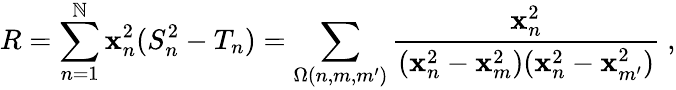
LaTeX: R=\sum_{n=1}^{\mathbb{N}}\mathbf{x}_{n}^{2}(S_{n}^{2}-T_{n})=\sum_{\Omega(n,m,m^{\prime})}\frac{{\mathbf{x}_{n}^{2}}}{{(\mathbf{x}_{n}^{2}-\mathbf{x}_{m}^{2})(\mathbf{x}_{n}^{2}-\mathbf{x}_{m^{\prime}}^{2})}}\ ,